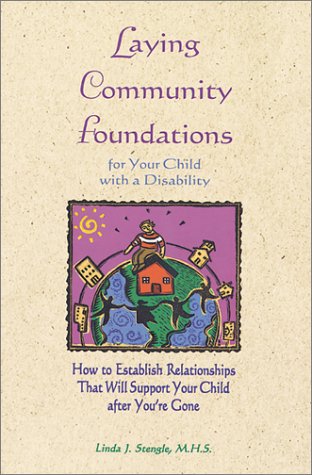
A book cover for Laying Community Foundations for Your Child with a Disability: How to Establish Relationships That Will Support Your Child After You're Gone; Linda Stengle; Health, Fitness & Dieting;